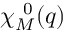
\chi _ { M } ^ { ~ 0 } ( q )